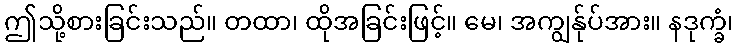
ဤသို့စားခြင်းသည်။ တထာ၊ ထိုအခြင်းဖြင့်။ မေ၊ အကျွန်ုပ်အား။ နဒုက္ခံ၊